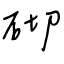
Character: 砌